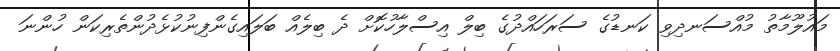
މައުލޫމާތު މުއްސަނދިވި ކަނޑުގެ ސަރަހައްދުގެ ބިލް އިސްލާހުކޮށް ދެ ބިލެއް ބަލައިގެންފިނުކުޅެދުންތެރިކަން ހުންނަ